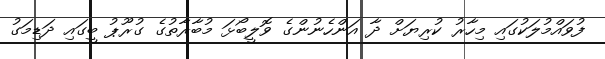
ފުވައްމުލަކުގައި މިހާރު ކުރިޔަށް ދާ އަންހެނުންގެ ވޮލީބޯޅަ މުބާރާތުގެ ގުރޫޕު ބީގައި ދަޑިމަގު